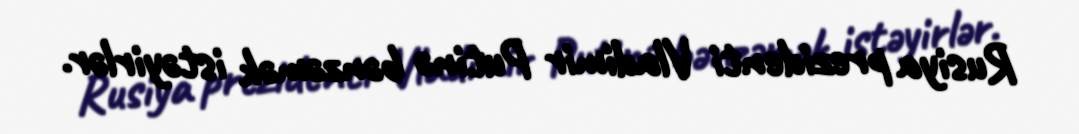
Rusiya prezidenti Vladimir Putinə bənzəmək istəyirlər.